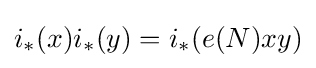
i_{*}(x)i_{*}(y)=i_{*}(e(N)xy)